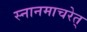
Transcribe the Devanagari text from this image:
स्नानमाचरेत्